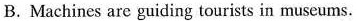
B. Machines are guiding tourists in museums.